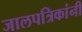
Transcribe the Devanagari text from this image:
जालपत्रिकांनी